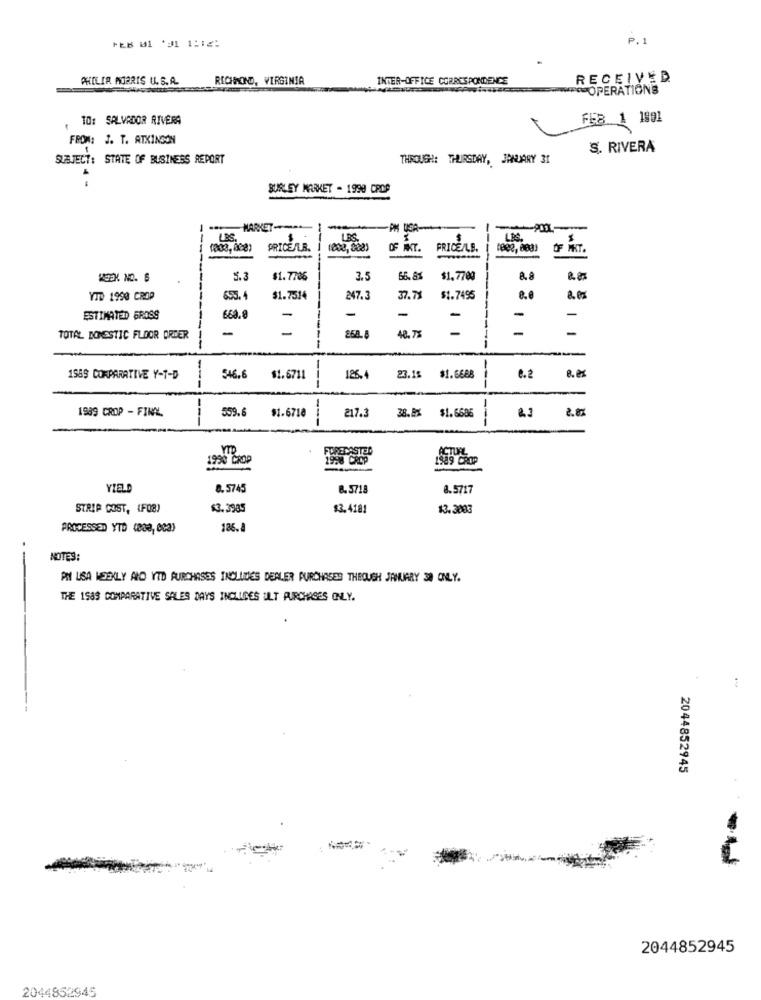
P.1
PHILIP MORRIS U. S.A.
RICHMOND, VIRGINIA
INTER-OFFICE CORRESPONDENCE
RECEIVED
10: SALVADOR RIVERA
FEB 1 1801
FROM: J. T. ATKINSON
S. RIVERA
SUBJECT: STATE OF BUSINESS REPORT
THROUGH: THURSDAY, JANUARY 31
BURLEY MARKET - 1999 CRDP
-
MARKET-+-+
PM USA --
LBS.
PRICE/LE.
OF MHT.
-----
KESK NO. 6
5.3
$1.7786
3.5
66. 8%
$1.7700
8.8
YTD 1998 CROP
655.4
$1.7514
247.3
37.73
$1.7495
-
-
ESTIMATED GROSS
669.8
-
-
-
-
TOTAL DOMESTIC FLOOR ORDER
268.8
48. 77
1989 COMPARATIVE Y-T-D
---
546.6
$1.6711
---
126.4
23.15
$1.6688
---
e.2
1989 CROP - FINAL
--
559.6
217.3
2.8
$1.6710
---
38,85
$1.6685
---
YID
1990 CROP
1989 CROP
YIELD
8.5745
8.5718
8.5717
STRIP COST, (FOR)
$3.3985
$3.4181
13.3083
PROCESSED YTD (Be, eca)
186.8
NOTES:
PN LISA WEEKLY AND YTD PURCHASES INCLUDES DEALER PURCHASES THEOUGH JANUARY 30 ONLY.
THE 1583 COMPARATIVE SALES DAYS INCLUDES ULT PURCHASES ONLY.
---
2044852945
-
2044852945
2044852945